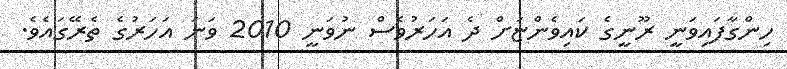
ހިންގާފައިވަނީ ރޫނީގެ ކައިވެންޏަށް ދެ އަހަރުވެސް ނުވަނީ 2010 ވަނަ އަހަރުގެ ތެރޭގައެވެ.